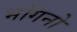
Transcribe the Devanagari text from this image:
भगिनो